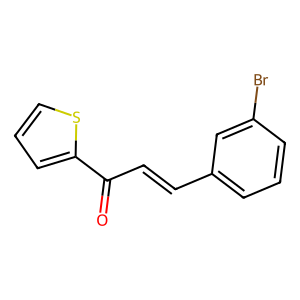
SMILES: O=C(C=Cc1cccc(Br)c1)c1cccs1
Inhibits HIV replication: No